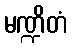
မဏ္ဍိတံ